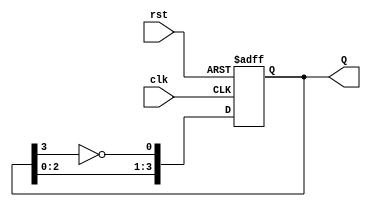
module johnson_counter #(
    parameter N = 4  // Number of flip-flops (must be even)
)(
    input wire clk,       // Clock input
    input wire rst,       // Asynchronous reset
    output reg [N-1:0] Q  // Counter output
);

    // Internal signal for feedback
    wire feedback;

    // Assign feedback as the inverted output of the last flip-flop
    assign feedback = ~Q[N-1];

    // Always block for the Johnson counter
    always @(posedge clk or posedge rst) begin
        if (rst) begin
            Q <= 0; // Reset all flip-flops to 0
        end else begin
            // Shift the outputs
            Q <= {Q[N-2:0], feedback};
        end
    end

endmodule